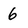
Character: 6